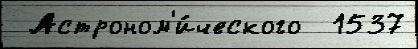
 Астроном'и́ческого  1537